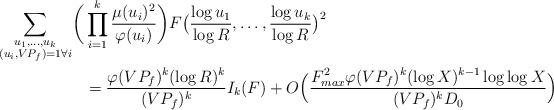
LaTeX: \begin{align*}\sum_{\substack{u_1,\ldots,u_k\\(u_i,VP_f)=1\forall i}}\biggl(&\prod_{i=1}^k\frac{\mu(u_i)^2}{\varphi(u_i)}\biggr)F\bigl(\frac{\log u_1}{\log R},\ldots,\frac{\log u_k}{\log R}\bigr)^2\\&=\frac{\varphi(VP_f)^k(\log R)^k}{(VP_f)^k}I_k(F)+O\Bigl(\frac{F_{max}^2\varphi(VP_f)^k(\log X)^{k-1}\log\log X}{(VP_f)^kD_0}\Bigr)\end{align*}